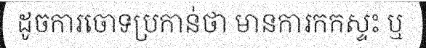
ដូចការចោទប្រកាន់ថា មានការកកស្ទះ ឬ